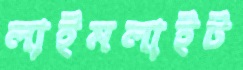
লাইমলাইট